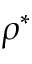
\rho ^ { * }